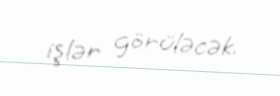
işlər görüləcək.